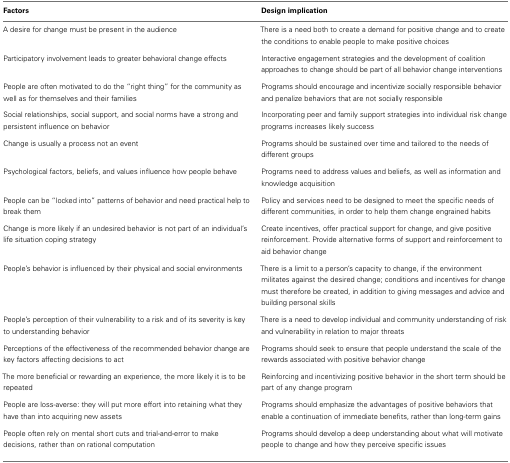
| Factors | Design implication |
 | --- | --- |
 | A desire for change must be present in the audience | There is a need both to create a demand for positive change and to create the conditions to enable people to make positive choices |
 | Participatory involvement leads to greater behavioral change effects | Interactive engagement strategies and the development of coalition approaches to change should be part of all behavior change interventions |
 | People are often motivated to do the “right thing” for the community as well as for themselves and their families | Programs should encourage and incentivize socially responsible behavior and penalize behaviors that are not socially responsible |
 | Social relationships, social support, and social norms have a strong and persistent influence on behavior | Incorporating peer and family support strategies into individual risk change programs increases likely success |
 | Change is usually a process not an event | Programs should be sustained over time and tailored to the needs of different groups |
 | Psychological factors, beliefs, and values influence how people behave | Programs need to address values and beliefs, as well as information and knowledge acquisition |
 | People can be “locked into” patterns of behavior and need practical help to break them | Policy and services need to be designed to meet the specific needs of different communities, in order to help them change engrained habits |
 | Change is more likely if an undesired behavior is not part of an individual’s life situation coping strategy | Create incentives, offer practical support for change, and give positive reinforcement. Provide alternative forms of support and reinforcement to aid behavior change |
 | People’s behavior is influenced by their physical and social environments | There is a limit to a person’s capacity to change, if the environment militates against the desired change; conditions and incentives for change must therefore be created, in addition to giving messages and advice and building personal skills |
 | People’s perception of their vulnerability to a risk and of its severity is key to understanding behavior | There is a need to develop individual and community understanding of risk and vulnerability in relation to major threats |
 | Perceptions of the effectiveness of the recommended behavior change are key factors affecting decisions to act | Programs should seek to ensure that people understand the scale of the rewards associated with positive behavior change |
 | The more beneficial or rewarding an experience, the more likely it is to be repeated | Reinforcing and incentivizing positive behavior in the short term should be part of any change program |
 | People are loss-averse: they will put more effort into retaining what they have than into acquiring new assets | Programs should emphasize the advantages of positive behaviors that enable a continuation of immediate benefits, rather than long-term gains |
 | People often rely on mental short cuts and trial-and-error to make decisions, rather than on rational computation | Programs should develop a deep understanding about what will motivate people to change and how they perceive specific issues |